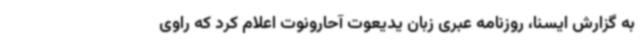
به گزارش ایسنا، روزنامه عبری زبان یدیعوت آحارونوت اعلام کرد که راوی